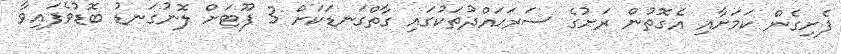
ފެށިގެން ކަމަށާއި އެގޮތުން ރަށުގެ ސަރަޙައްދުތަކުގައި ގާތްގަނޑަކަށް 3 ފޫޓަށް ލޮނުގަނޑު ބޮޑުވެފައިވާ